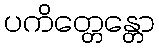
ပကိတ္တေန္တော